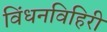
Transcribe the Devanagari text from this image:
विंधनविहिरी